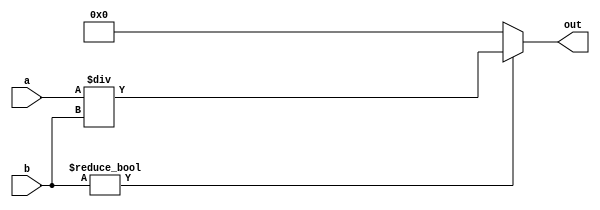
// This program was cloned from: https://github.com/kevinwguan/tt06-SAP-1_Computer-
// License: Apache License 2.0

`default_nettype none
`timescale 1ns/1ps
module divider(
    input[7:0] a,
    input[7:0] b,
    output[7:0] out
    );

    // Implementing simple division, quotient only
    // For division by zero, output is zero
    assign out = (b != 0) ? a / b : 8'b0;

endmodule